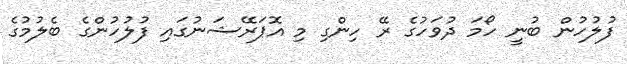
ފުލުހުން ބުނީ ހޯމަ ދުވަހުގެ ރޭ ހިންގި މި އޮޕަރޭޝަނުގައި ފުލުހުންގެ ބެލުމުގެ